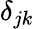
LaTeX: \delta_{jk}